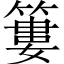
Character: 簍